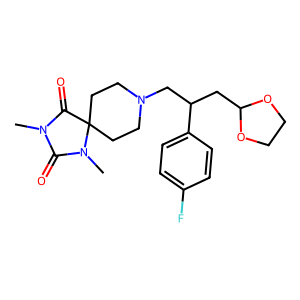
SMILES: CN1C(=O)N(C)C2(CCN(CC(CC3OCCO3)c3ccc(F)cc3)CC2)C1=O
Inhibits HIV replication: No